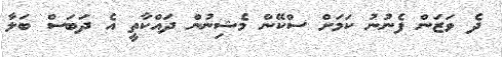
ދެ ވަޒަން ފެނުނު ކަމަށް ސްކޭން މެޝިނުން ދައްކާތީ އެ ދަބަސް ބަލާ